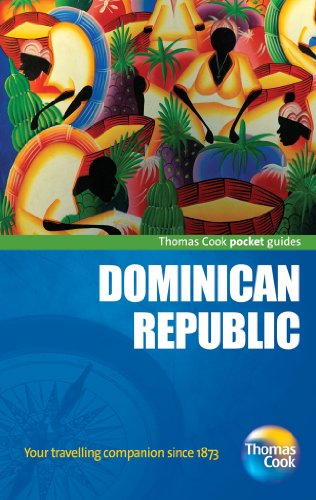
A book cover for Dominican Republic Pocket Guide, 2nd: Compact and practical pocket guides for sun seekers and city breakers (Thomas Cook Pocket Guides); Thomas Cook Publishing; Travel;